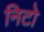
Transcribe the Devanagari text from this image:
निटो